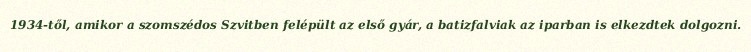
1934-től, amikor a szomszédos Szvitben felépült az első gyár, a batizfalviak az iparban is elkezdtek dolgozni.